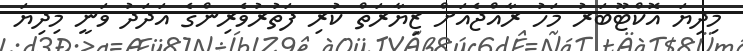
މިދިޔަ އޮކްޓޫބަރު މަހު ރާއްޖެއަށް ޒިޔާރަތް ކުރި ފަތުރުވެރިންގެ އަދަދު ވަނީ މިދިޔަ